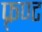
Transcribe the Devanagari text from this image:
फ़्रण्ट